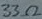
Text: 33Ω